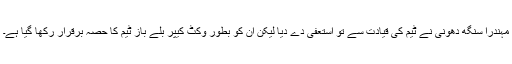
مہندرا سنگھ دھونی نے ٹیم کی قیادت سے تو استعفیٰ دے دیا لیکن ان کو بطور وکٹ کیپر بلے باز ٹیم کا حصہ برقرار رکھا گیا ہے۔